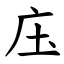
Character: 庒